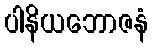
ပါနိယဘောဇနံ